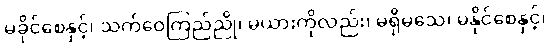
မခိုင်စေနှင့်၊ သက်ဝေကြည်ညို၊ မယားကိုလည်း၊ မရိုမသေ၊ မနိုင်စေနှင့်၊